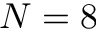
N = 8